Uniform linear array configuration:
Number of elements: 24
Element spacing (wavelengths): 1
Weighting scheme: kaiser
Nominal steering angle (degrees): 45
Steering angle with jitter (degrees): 43.75
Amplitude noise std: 0.05
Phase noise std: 0.05

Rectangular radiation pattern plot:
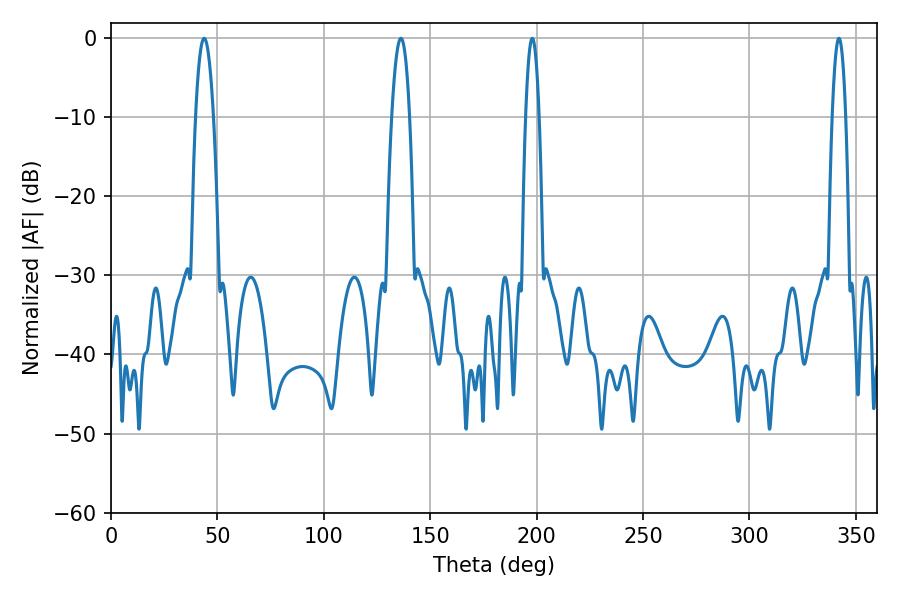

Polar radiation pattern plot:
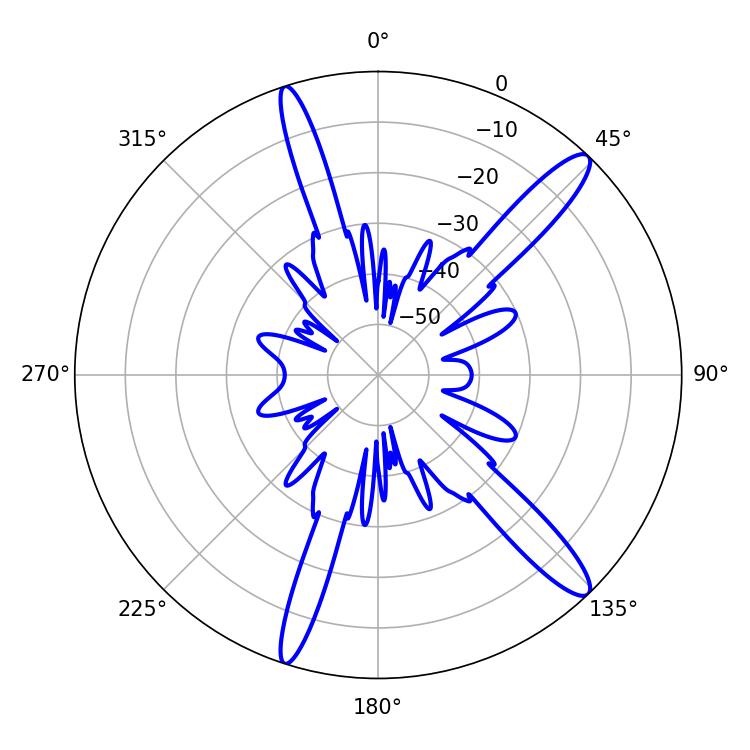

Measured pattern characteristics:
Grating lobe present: TRUE
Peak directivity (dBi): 13.952
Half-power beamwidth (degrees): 4.5
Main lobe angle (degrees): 43.74